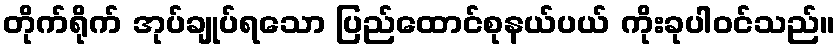
တိုက်ရိုက် အုပ်ချုပ်ရသော ပြည်ထောင်စုနယ်ပယ် ကိုးခုပါဝင်သည်။